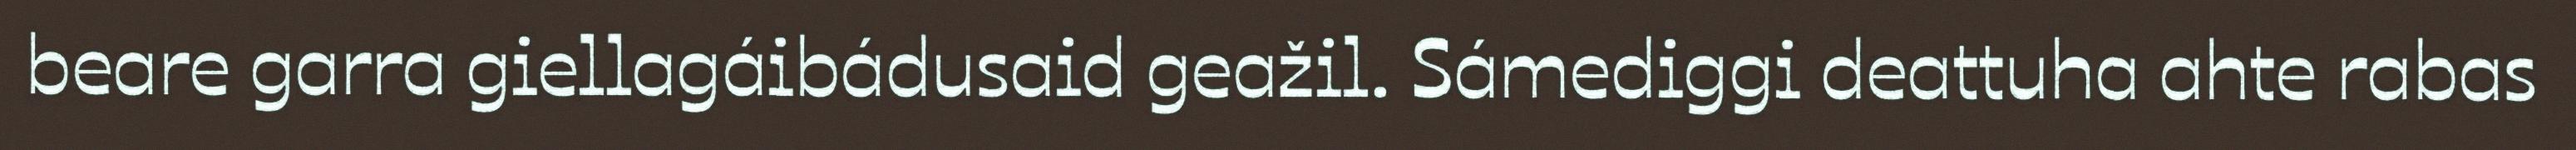
beare garra giellagáibádusaid geažil. Sámediggi deattuha ahte rabas